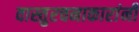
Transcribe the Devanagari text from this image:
वास्तुरचनाकारांनी